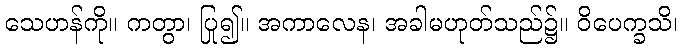
သေဟန်ကို။ ကတွာ၊ ပြု၍။ အကာလေန၊ အခါမဟုတ်သည်၌။ ဝိပေက္ခသိ၊